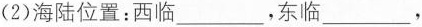
( 2 ) 海陆位置：西临 ___ ，东临 ___ ，